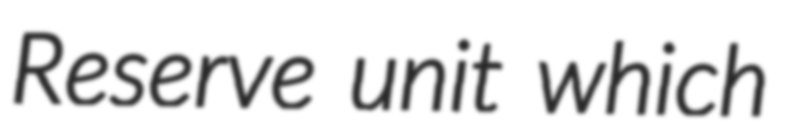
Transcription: Reserve unit which